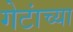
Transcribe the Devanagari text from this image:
गेटांच्या